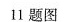
11题图